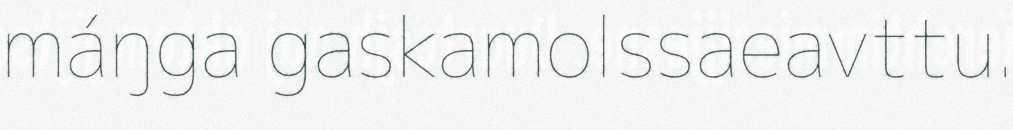
máŋga gaskamolssaeavttu.